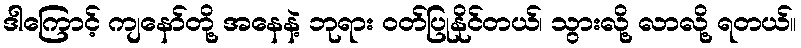
ဒါကြောင့် ကျနော်တို့ အနေနဲ့ ဘုရား ဝတ်ပြုနိုင်တယ်၊ သွားလို့ လာလို့ ရတယ်။